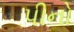
પીનો